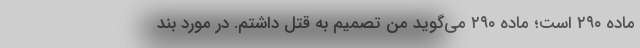
ماده ۲۹۰ است؛ ماده ۲۹۰ می‌گوید من تصمیم به قتل داشتم. در مورد بند